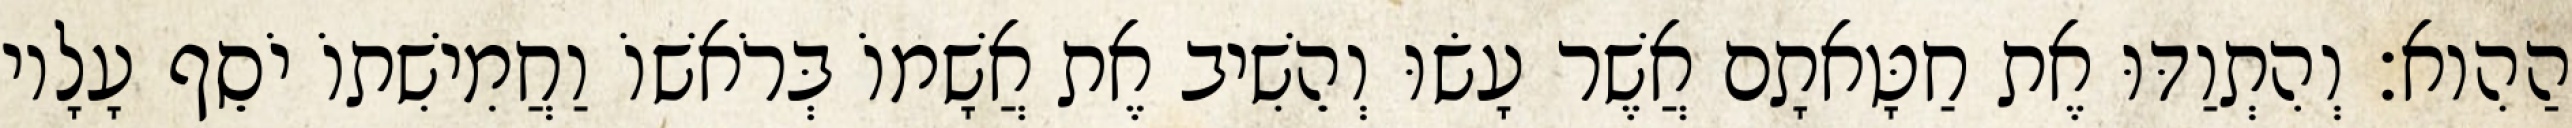
הַהִוא׃ וְהִתְוַדּוּ אֶת חַטָּאתָם אֲשֶׁר עָשׂוּ וְהֵשִׁיב אֶת אֲשָׁמוֹ בְּרֹאשׁוֹ וַחֲמִישִׁתוֹ יֹסֵף עָלָיו